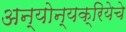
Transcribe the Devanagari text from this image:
अन्योन्यक्रियेचे